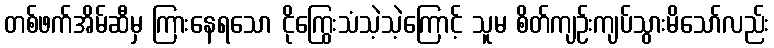
တစ်ဖက်အိမ်ဆီမှ ကြားနေရသော ငိုကြွေးသံသဲ့သဲ့ကြောင့် သူမ စိတ်ကျဉ်းကျပ်သွားမိသော်လည်း